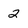
Character: 2